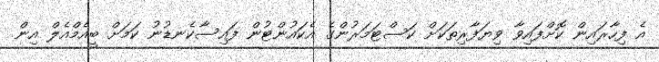
އެ ފިހާރައިން ކޮށްފައިވާ ވިޔަފާރިތަކަށް ކަސްޓަމަރުންގެ އެކައުންޓުން ފައިސާކެނޑުނު ކަމަށް ބީއެމްއެލް އިން